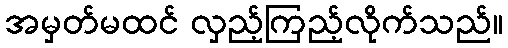
အမှတ်မထင် လှည့်ကြည့်လိုက်သည်။